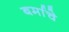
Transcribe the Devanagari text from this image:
बर्माचे